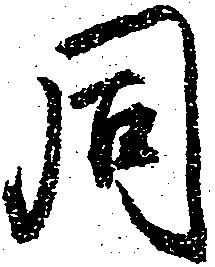
同